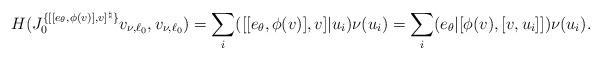
LaTeX: \begin{align*}H(J^{\{[[e_{\theta},\phi(v)],v]^{\natural}\}}_{0}v_{\nu,\ell_0},v_{\nu,\ell_0})=\sum_i([[e_{\theta},\phi(v)],v]|u_i)\nu(u_i)=\sum_i(e_{\theta}|[\phi(v),[v,u_i]])\nu(u_i).\end{align*}